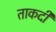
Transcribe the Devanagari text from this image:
ताकदी